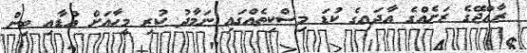
ރާއްޖޭގެ ރަށެއްގެ އާދައިގެ ކުޑަ މިސްކިތެއްގައި ނަމާދު ކުރި މީހާއަށް އުޑާއި ބިން